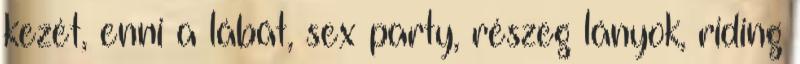
kezét, enni a lábát, sex party, részeg lányok, riding